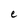
Character: e